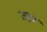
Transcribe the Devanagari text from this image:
तख़